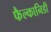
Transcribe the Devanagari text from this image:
फैल्कानिडी